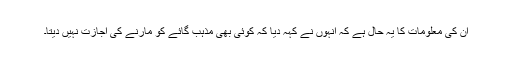
ان کی معلومات کا یہ حال ہے کہ انہوں نے کہہ دیا کہ کوئی بھی مذہب گائے کو مارنے کی اجازت نہیں دیتا۔